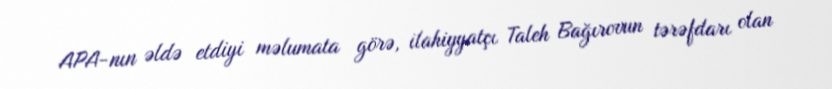
APA-nın əldə etdiyi məlumata görə, ilahiyyatçı Taleh Bağırovun tərəfdarı olan